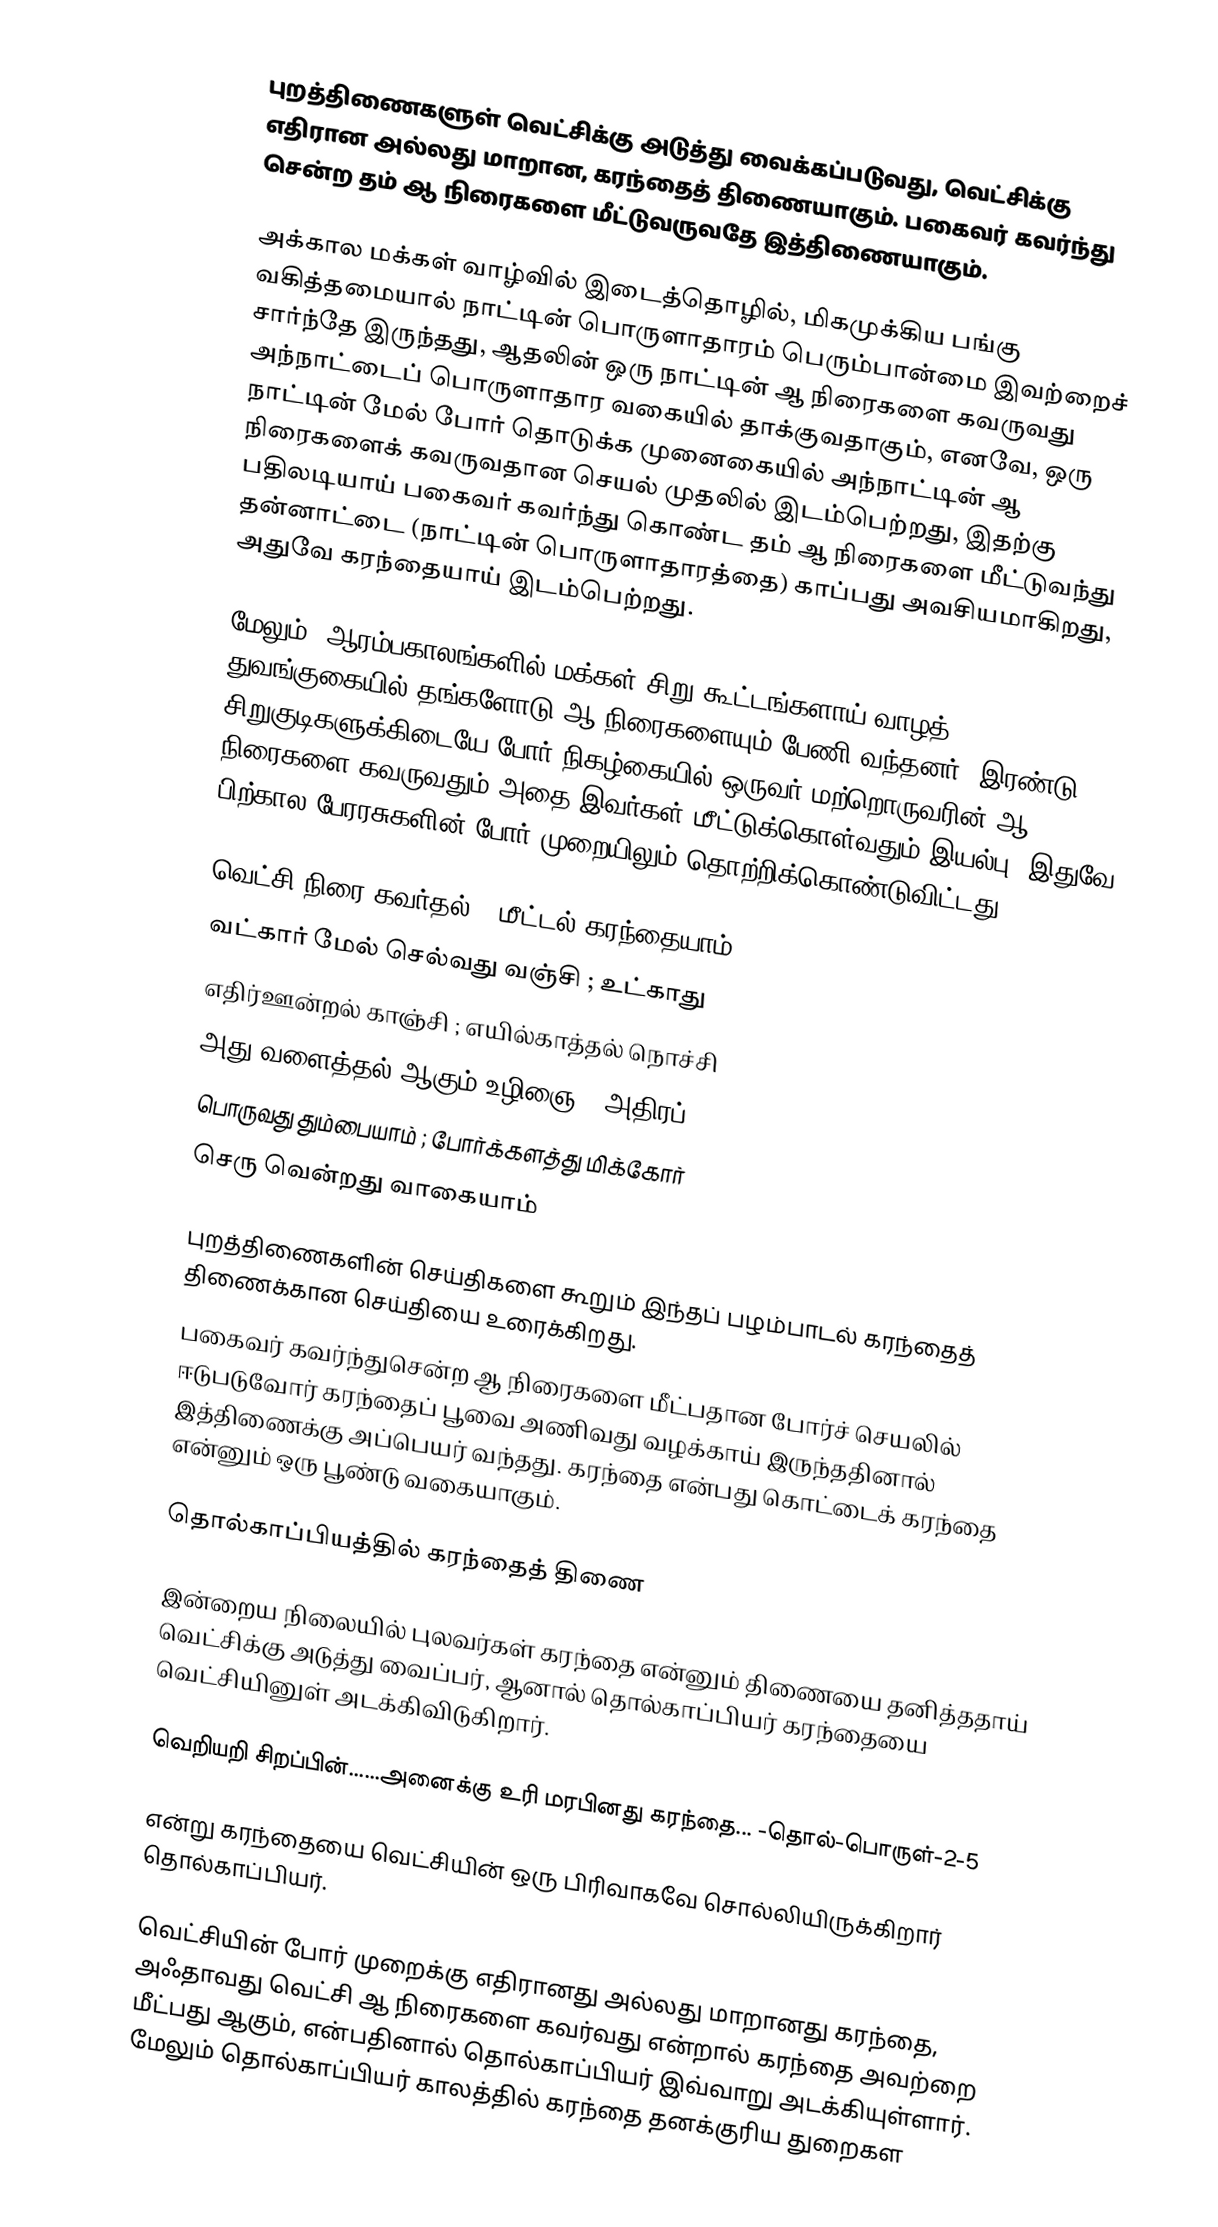
புறத்திணைகளுள் வெட்சிக்கு அடுத்து வைக்கப்படுவது, வெட்சிக்கு எதிரான அல்லது மாறான, கரந்தைத் திணையாகும். பகைவர் கவர்ந்து சென்ற தம் ஆ நிரைகளை மீட்டுவருவதே இத்திணையாகும்.

அக்கால மக்கள் வாழ்வில் இடைத்தொழில்,  மிகமுக்கிய பங்கு வகித்தமையால் நாட்டின் பொருளாதாரம் பெரும்பான்மை இவற்றைச் சார்ந்தே இருந்தது, ஆதலின் ஒரு நாட்டின் ஆ நிரைகளை கவருவது அந்நாட்டைப் பொருளாதார வகையில் தாக்குவதாகும், எனவே, ஒரு நாட்டின் மேல் போர் தொடுக்க முனைகையில் அந்நாட்டின் ஆ நிரைகளைக் கவருவதான செயல் முதலில் இடம்பெற்றது, இதற்கு பதிலடியாய் பகைவர் கவர்ந்து கொண்ட தம் ஆ நிரைகளை மீட்டுவந்து தன்னாட்டை (நாட்டின் பொருளாதாரத்தை) காப்பது அவசியமாகிறது, அதுவே கரந்தையாய் இடம்பெற்றது.

மேலும், ஆரம்பகாலங்களில் மக்கள் சிறு கூட்டங்களாய் வாழத் துவங்குகையில் தங்களோடு ஆ நிரைகளையும் பேணி வந்தனர், இரண்டு சிறுகுடிகளுக்கிடையே போர் நிகழ்கையில் ஒருவர் மற்றொருவரின் ஆ நிரைகளை கவருவதும் அதை இவர்கள் மீட்டுக்கொள்வதும் இயல்பு, இதுவே பிற்கால பேரரசுகளின் போர் முறையிலும் தொற்றிக்கொண்டுவிட்டது.

வெட்சி நிரை கவர்தல் ; மீட்டல் கரந்தையாம்
வட்கார் மேல் செல்வது வஞ்சி ; உட்காது
எதிர்ஊன்றல் காஞ்சி ; எயில்காத்தல் நொச்சி
அது வளைத்தல் ஆகும் உழிஞை - அதிரப்
பொருவது தும்பையாம் ; போர்க்களத்து மிக்கோர்
செரு வென்றது வாகையாம்

புறத்திணைகளின் செய்திகளை கூறும் இந்தப் பழம்பாடல் கரந்தைத் திணைக்கான செய்தியை உரைக்கிறது.
பகைவர் கவர்ந்துசென்ற ஆ நிரைகளை மீட்பதான போர்ச் செயலில் ஈடுபடுவோர் கரந்தைப் பூவை அணிவது வழக்காய் இருந்ததினால் இத்திணைக்கு அப்பெயர் வந்தது. கரந்தை என்பது கொட்டைக் கரந்தை என்னும் ஒரு பூண்டு வகையாகும்.

தொல்காப்பியத்தில் கரந்தைத் திணை

இன்றைய நிலையில் புலவர்கள் கரந்தை என்னும் திணையை தனித்ததாய் வெட்சிக்கு அடுத்து வைப்பர், ஆனால் தொல்காப்பியர் கரந்தையை வெட்சியினுள் அடக்கிவிடுகிறார்.

வெறியறி சிறப்பின்......அனைக்கு உரி மரபினது கரந்தை... -தொல்-பொருள்-2-5

என்று கரந்தையை வெட்சியின் ஒரு பிரிவாகவே சொல்லியிருக்கிறார் தொல்காப்பியர்.

வெட்சியின் போர் முறைக்கு எதிரானது அல்லது மாறானது கரந்தை, அஃதாவது வெட்சி ஆ நிரைகளை கவர்வது என்றால் கரந்தை அவற்றை மீட்பது ஆகும், என்பதினால் தொல்காப்பியர் இவ்வாறு அடக்கியுள்ளார். மேலும் தொல்காப்பியர் காலத்தில் கரந்தை தனக்குரிய துறைகள